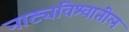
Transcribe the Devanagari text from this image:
नाट्यविश्वातील